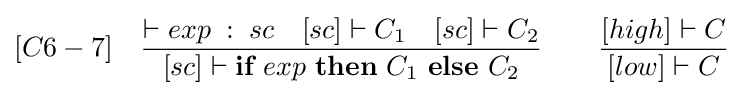
[C6-7]\quad {\frac {\vdash exp\;:\;sc\quad [sc]\vdash C_{1}\quad [sc]\vdash C_{2}}{[sc]\vdash {\textbf {if}}\ exp\ {\textbf {then}}\ C_{1}\ {\textbf {else}}\ C_{2}}}\qquad {\frac {[high]\vdash C}{[low]\vdash C}}